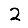
Digit: 2